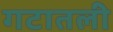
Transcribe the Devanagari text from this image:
गटातली